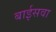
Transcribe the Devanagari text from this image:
बाईसवा